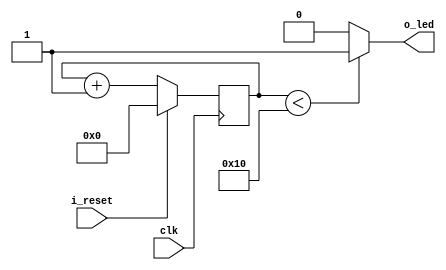
module blink(
    input clk,      //Input clock
    input i_reset,  //Input active-high reset
    output o_led);  //Output to LED

    //Sequential logic
    //
    //A reset-able counter which increments each clock cycle
    reg[4:0] r_counter;
    always @(posedge clk) begin
        if (i_reset) begin //When reset is high, clear counter
            r_counter <= 5'd0;
        end else begin //Otherwise increment counter each clock (note that it will overflow back to zero)
            r_counter <= r_counter + 1'b1;
        end
    end

    //Combinational logic 
    //
    //Drives o_led high if count is below a threshold
    always @(*) begin
        if (r_counter < 5'd16) begin
            o_led <= 1'b1;
        end else begin
            o_led <= 1'b0;
        end
    end

endmodule